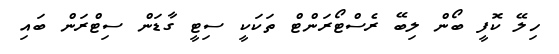
ހިލޭ ކޮފީ ބޯން ލިބޭ ރެސްޓޯރަންޓް ތަކަކީ ސިޓީ ގާޑަން ސިޓްރަން ބައި